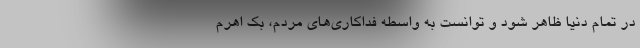
در تمام دنیا ظاهر شود و توانست به واسطه فداکاری‌های مردم، بک اهرم